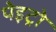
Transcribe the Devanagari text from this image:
पेइट्रो